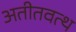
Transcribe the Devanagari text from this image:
अतीतवत्थ